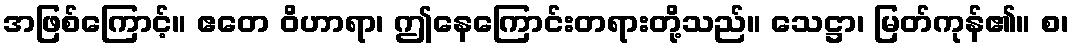
အဖြစ်ကြောင့်။ ဧတေ ဝိဟာရာ၊ ဤနေကြောင်းတရားတို့သည်။ သေဋ္ဌာ၊ မြတ်ကုန်၏။ စ၊